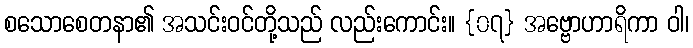
စသောစေတနာ၏ အသင်းဝင်တို့သည် လည်းကောင်း။ {၀၇} အဗ္ဗောဟာရိကာ ဝါ၊